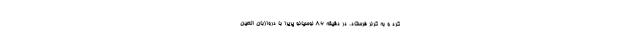
کرد و به کرنر فرستاد. در دقیقه ۸۶ لوسیانو پریرا با دروازبان العین